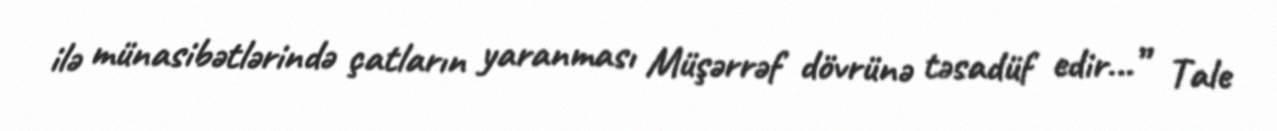
ilə münasibətlərində çatların yaranması Müşərrəf dövrünə təsadüf edir...” Tale